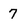
Character: 7